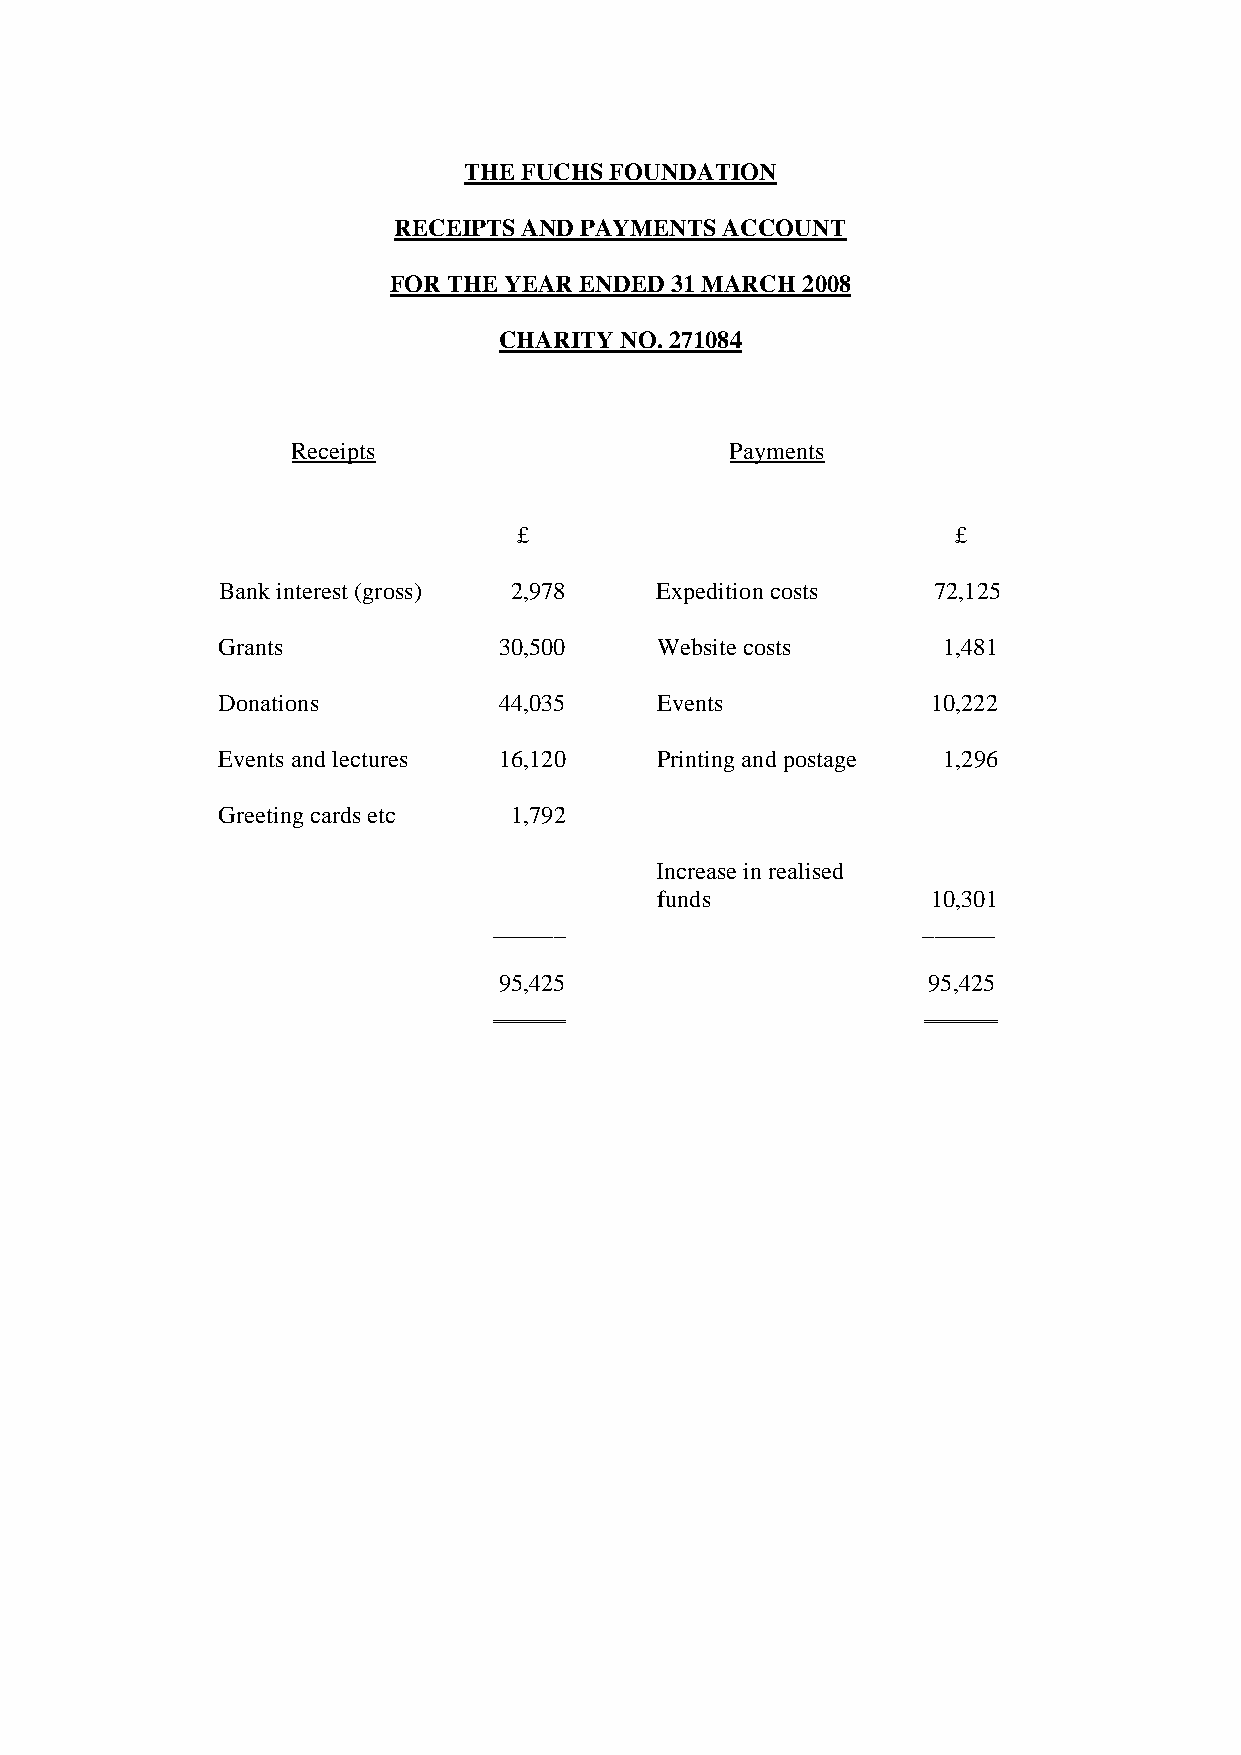
THE FUCHS FOUNDATION
 RECEIPTS AND PAYMENTS ACCOUNT
 FOR THE YEAR ENDED 31 MARCH 2008
 CHARITY NO. 271084
 Receipts                     Payments
 £                            £
 Bank interest (gross) 2,978  Expedition costs   72,125
 Grants             30,500    Website costs      1,481
 Donations          44,035    Events             10,222
 Events and lectures 16,120   Printing and postage 1,296
 Greeting cards etc  1,792
 Increase in realised
 funds              10,301
 ______                      ______
 95,425                      95,425